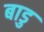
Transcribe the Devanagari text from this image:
बाडु